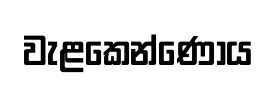
වැළකෙන්ණෝය